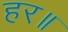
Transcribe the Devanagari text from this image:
हर॥